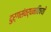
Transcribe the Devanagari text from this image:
दुर्गसंवर्धनविषयी